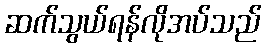
ဆက်သွယ်ရန်လိုအပ်သည်